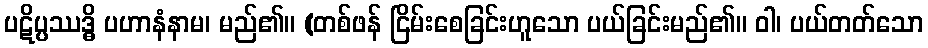
ပဋိပ္ပဿဒ္ဓိ ပဟာနံနာမ၊ မည်၏။ (တစ်ဖန် ငြိမ်းစေခြင်းဟူသော ပယ်ခြင်းမည်၏။ ဝါ၊ ပယ်တတ်သော